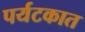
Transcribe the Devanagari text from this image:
पर्यटकात